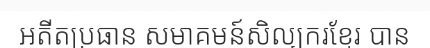
អតីតប្រធាន សមាគមន៍សិល្បករខ្មែរ បាន